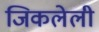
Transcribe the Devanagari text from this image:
जिकलेली